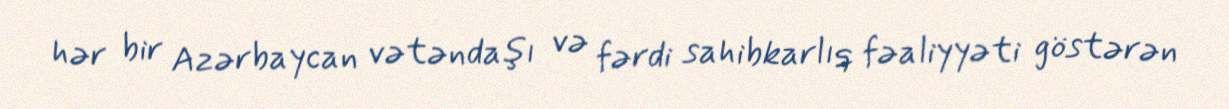
hər bir Azərbaycan vətəndaşı və fərdi sahibkarlıq fəaliyyəti göstərən